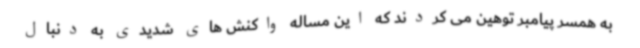
به همسر پیامبر توهین می کردند که این مساله واکنش های شدیدی به دنبال